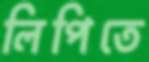
লিপিতে